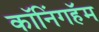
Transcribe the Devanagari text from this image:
कॉनिंगहॅम